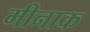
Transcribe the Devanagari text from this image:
मीनाक